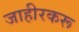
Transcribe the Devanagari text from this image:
जाहीरकरू